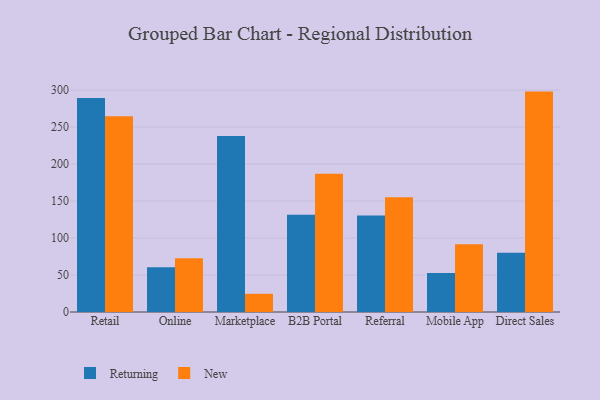
{"axis": {"x": "Channel", "y": "Production Output"}, "legend": ["New", "Returning"], "data": [{"x": "Retail", "y": 289.3, "type": "Returning"}, {"x": "Retail", "y": 264.8, "type": "New"}, {"x": "Online", "y": 60.5, "type": "Returning"}, {"x": "Online", "y": 72.6, "type": "New"}, {"x": "Marketplace", "y": 238.0, "type": "Returning"}, {"x": "Marketplace", "y": 24.6, "type": "New"}, {"x": "B2B Portal", "y": 131.5, "type": "Returning"}, {"x": "B2B Portal", "y": 187.0, "type": "New"}, {"x": "Referral", "y": 130.5, "type": "Returning"}, {"x": "Referral", "y": 155.2, "type": "New"}, {"x": "Mobile App", "y": 52.7, "type": "Returning"}, {"x": "Mobile App", "y": 91.5, "type": "New"}, {"x": "Direct Sales", "y": 80.1, "type": "Returning"}, {"x": "Direct Sales", "y": 298.0, "type": "New"}]}